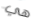
هي